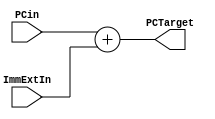
module PC_B_J (
    input [31:0] PCin, ImmExtIn,
    output reg [31:0] PCTarget
);
    always @(*) begin
        PCTarget <= PCin + ImmExtIn;
    end
endmodule